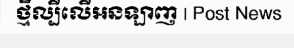
ថ្មីល្បីលើអនឡាញ | Post News